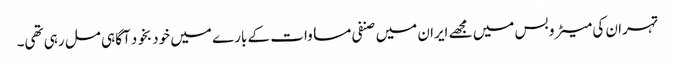
تہران کی میٹرو بس میں مجھے ایران میں صنفی مساوات کے بارے میں خود بخود آگاہی مل رہی تھی۔